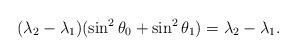
LaTeX: \begin{align*} (\lambda_2-\lambda_1)(\sin^2\theta_0 + \sin^2\theta_1) = \lambda_2-\lambda_1.\end{align*}